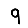
Digit: 9